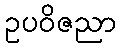
ဥပဝိဇညာ